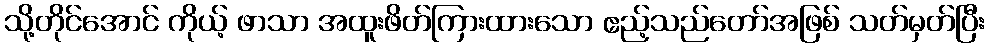
သို့တိုင်အောင် ကိုယ့် ဖာသာ အထူးဖိတ်ကြားထားသော ဧည့်သည်တော်အဖြစ် သတ်မှတ်ပြီး